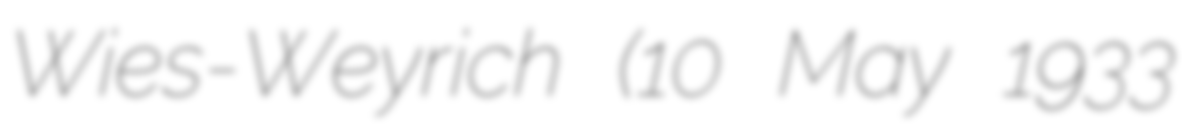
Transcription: Wies-Weyrich (10 May 1933